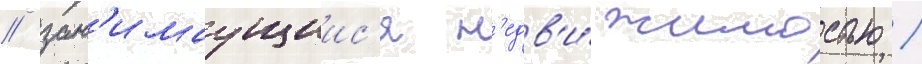
/ зан'имаущиис'я н'едв'и́жимостью /